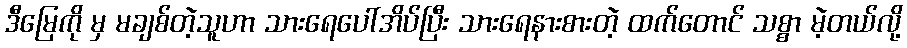
ဒီမြေကို မှ မချစ်တဲ့သူဟာ သားရေပေါ်အိပ်ပြီး သားရေနားစားတဲ့ ထက်တောင် သစ္စာ မဲ့တယ်လို့